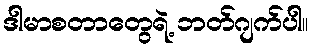
ဒါမာစတာတွေရဲ့ ဘတ်ဂျက်ပါ။